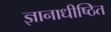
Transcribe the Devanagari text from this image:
ज्ञानाधीष्ठित